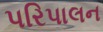
પરિપાલન